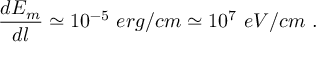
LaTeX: \frac { d E _ { m } } { d l } \simeq 1 0 ^ { - 5 } ~ e r g / c m \simeq 1 0 ^ { 7 } ~ e V / c m ~ .